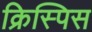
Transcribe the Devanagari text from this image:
क्रिस्पिस